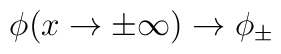
\phi (x\rightarrow \pm \infty )\rightarrow \phi _{\pm }